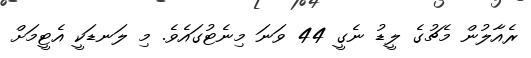
ރެއާލުން މެޗުގެ ލީޑު ނެގީ 44 ވަނަ މިނެޓުގައެވެ. މި ލަނޑަކީ އެޓީމަށް